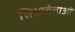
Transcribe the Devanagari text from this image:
शिक्षावेत्ताओं